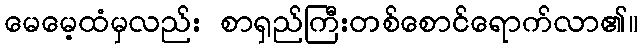
မေမေ့ထံမှလည်း စာရှည်ကြီးတစ်စောင်ရောက်လာ၏။